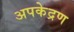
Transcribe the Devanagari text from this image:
अपकेद्रण